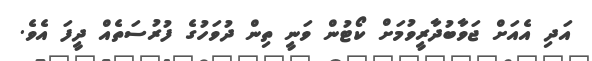
އަދި އެއަށް ޖަވާބުދާރީވުމަށް ކޯޓުން ވަނީ ތިން ދުވަހުގެ ފުރުސަތެއް ދީފަ އެވެ.